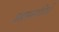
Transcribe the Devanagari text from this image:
ब्रह्मसमाजियों